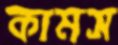
কামস